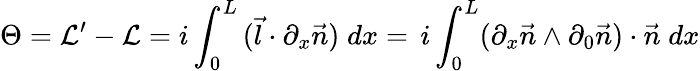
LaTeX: \Theta={\cal L}^{\prime}-{\cal L}=i\int_{0}^{L}\, (\vec{l}\cdot\partial_{x}\vec{n})\; dx=\, i\int_{0}^{L}(\partial_{x}\vec{n}\wedge\partial_{0}\vec{n})\cdot\vec{n}\; dx